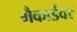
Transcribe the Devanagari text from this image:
मैकाईवर